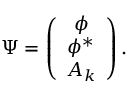
\Psi = \left( \begin{array} { c } { { \phi } } \\ { { \phi ^ { \ast } } } \\ { { A _ { k } } } \end{array} \right) .